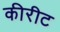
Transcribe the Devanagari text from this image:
कीरीट